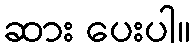
ဆား ပေးပါ။